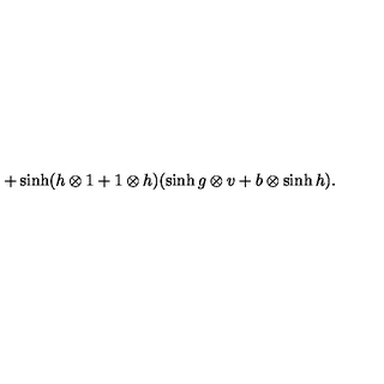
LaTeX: + \sinh ( h \otimes 1 + 1 \otimes h ) ( \sinh g \otimes v + b \otimes \sinh h ) .